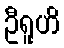
ဦရူဟိ